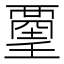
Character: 𧟿